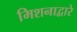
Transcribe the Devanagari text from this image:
मिशनाद्वारे